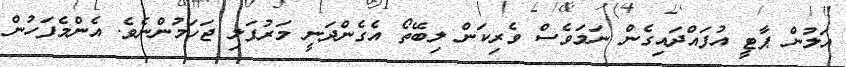
އަލުން ޕާޓީ އުފައްދައިގެން ނަމަވެސް ވެރިކަން ލިބޭތޯ އެގެންދަނީ މަރުފަލި ޖަހަމުންނެވެ. އެންމެފަހުން